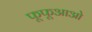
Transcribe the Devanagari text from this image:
फूफूआओ